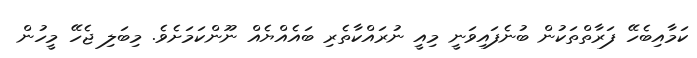
ކަމާއިބެހޭ ފަރާތްތަކުން ބުނެފައިވަނީ މިއީ ނުރައްކާތެރި ބައެއްޔެއް ނޫންކަމަށެވެ. މިބަލި ޖެހޭ މީހުން